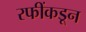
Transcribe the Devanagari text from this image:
रफींकडून